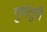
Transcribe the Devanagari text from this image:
गुणांतुनी